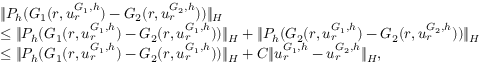
\begin{array} { r l } & { \| P _ { h } ( G _ { 1 } ( r , u _ { r } ^ { G _ { 1 } , h } ) - G _ { 2 } ( r , u _ { r } ^ { G _ { 2 } , h } ) ) \| _ { H } } \\ & { \leq \| P _ { h } ( G _ { 1 } ( r , u _ { r } ^ { G _ { 1 } , h } ) - G _ { 2 } ( r , u _ { r } ^ { G _ { 1 } , h } ) ) \| _ { H } + \| P _ { h } ( G _ { 2 } ( r , u _ { r } ^ { G _ { 1 } , h } ) - G _ { 2 } ( r , u _ { r } ^ { G _ { 2 } , h } ) ) \| _ { H } } \\ & { \leq \| P _ { h } ( G _ { 1 } ( r , u _ { r } ^ { G _ { 1 } , h } ) - G _ { 2 } ( r , u _ { r } ^ { G _ { 1 } , h } ) ) \| _ { H } + C \| u _ { r } ^ { G _ { 1 } , h } - u _ { r } ^ { G _ { 2 } , h } \| _ { H } , } \end{array}